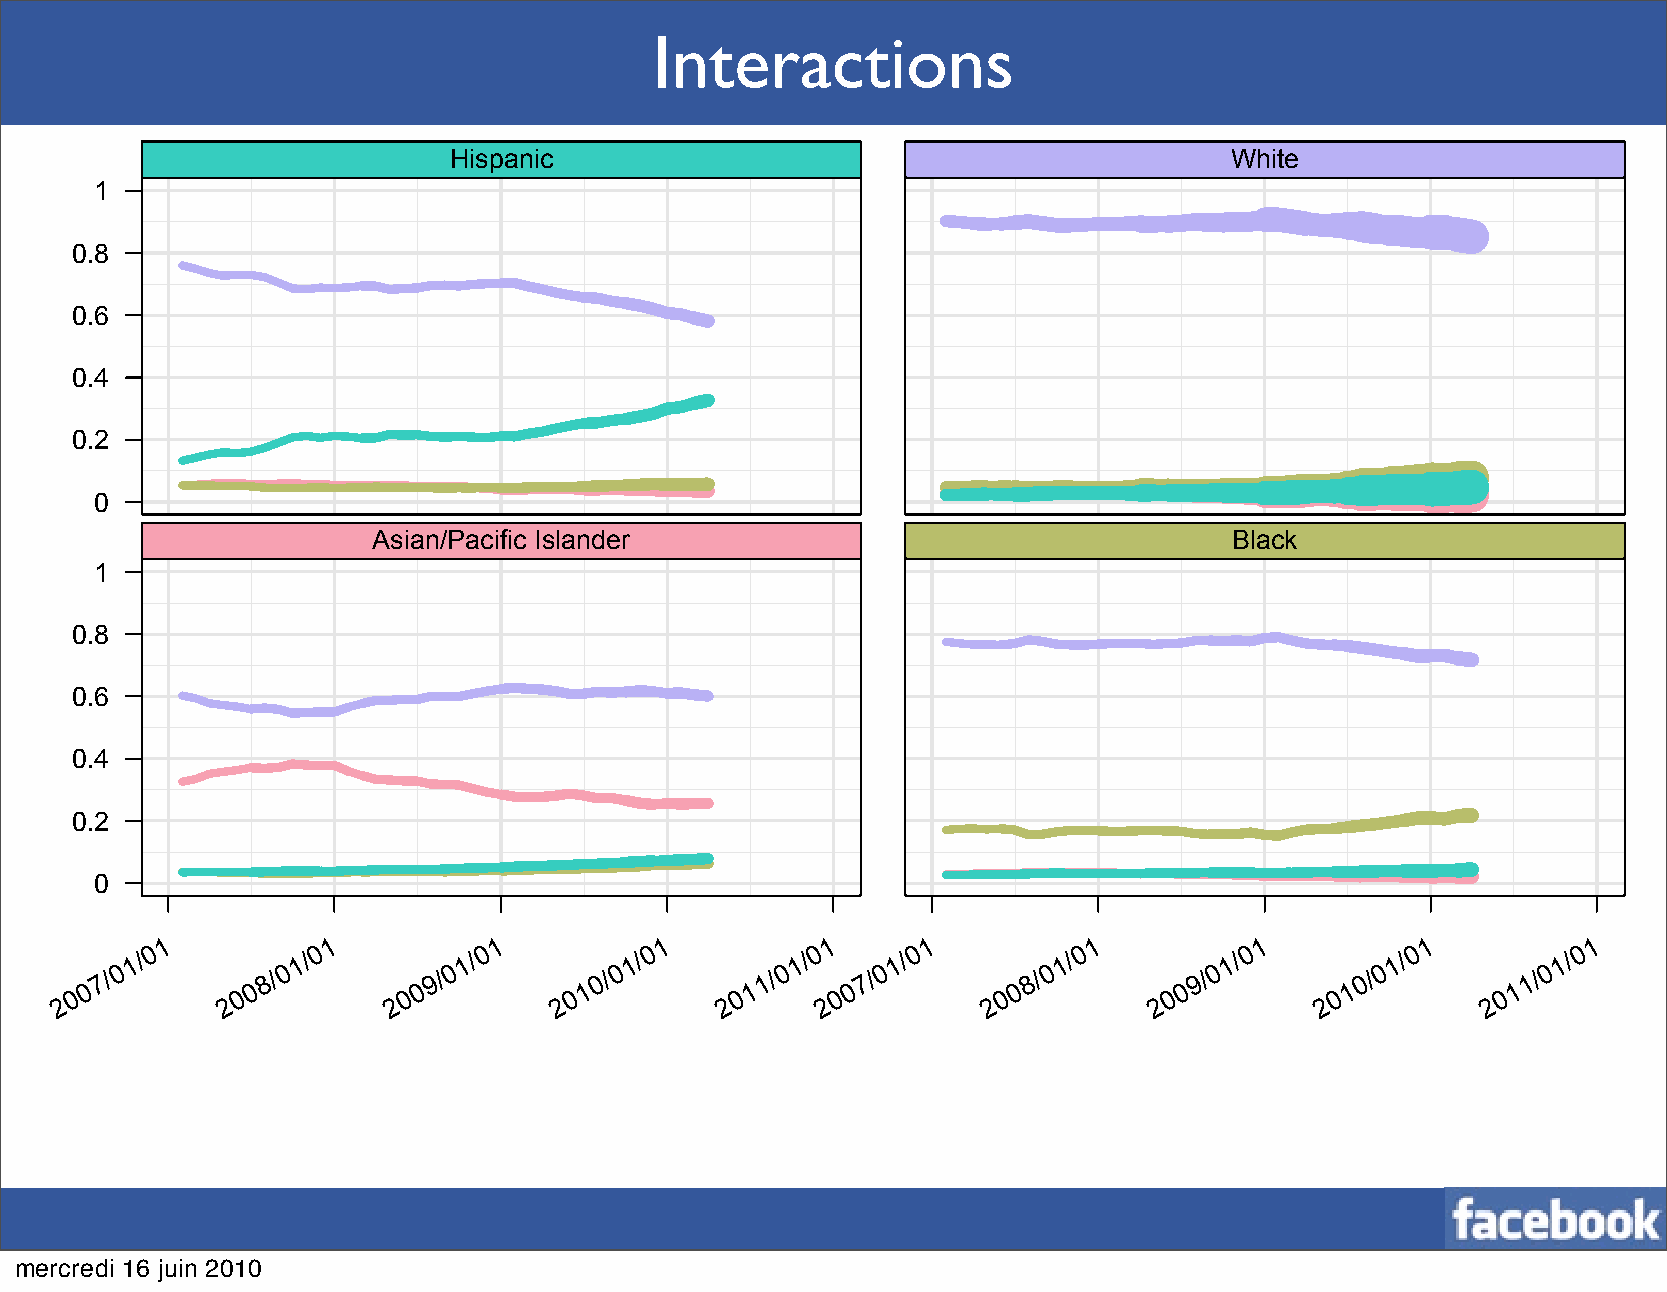
Interactions
 Hispanic                                           White
 1
 0.8
 0.6
 0.4
 0.2
 0
 Asian/Pacific Islander                                   Black
 1
 0.8
 0.6
 0.4
 0.2
 0
 1          1          1          1          1     1          1          1          1          1
 0          0          0          0          0     0          0          0          0          0
 1/         1/         1/         1/         1/    1/         1/         1/         1/         1/
 0          0          0          0          0     0          0          0          0          0
 7/         8/         9/         0/         1/     7/         8/         9/         0/         1/
 0          0          0          1          1     0          0          0          1          1
 0          0          0          0          0     0          0          0          0          0
 2          2          2          2          2     2          2          2          2          2
 mercredi 16 juin 2010